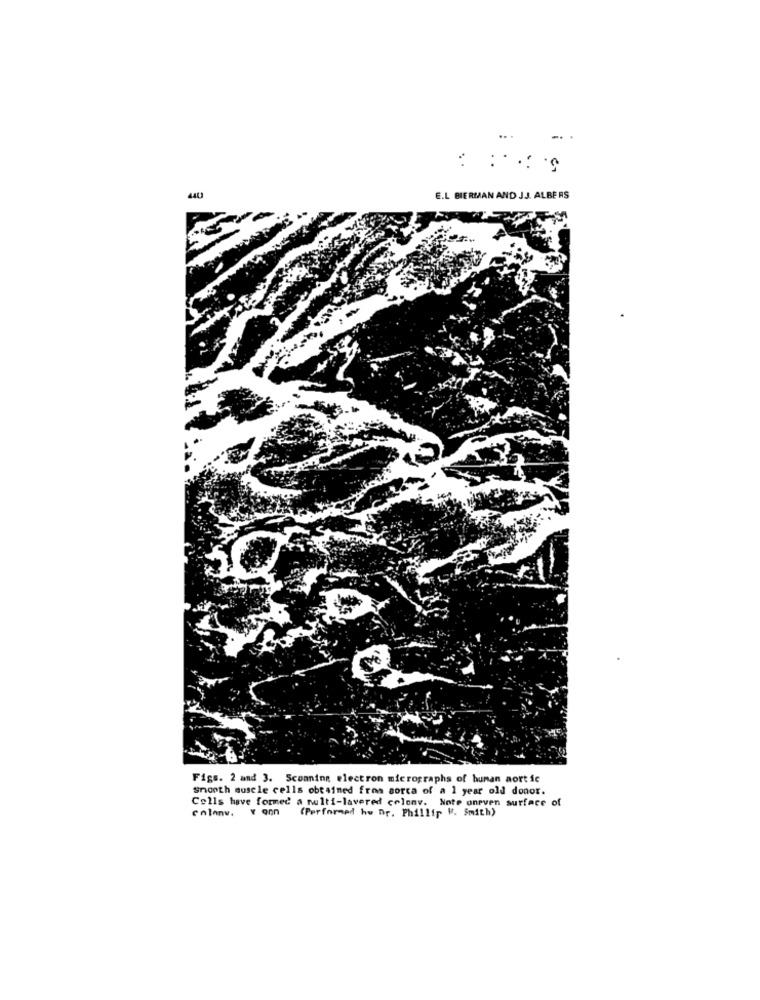
E.L BIERMAN AND JJ. ALBERS
Figs. 2 and 3. Scanning electron micrographs of human aortic
Smooth muscle cells obtained from sorca of a 1 year old donor.
Cells have formed a multi-lavered colonv. Note oneven surface of
enlanw, vann (Performed he Dr. Phillip W. Smith)